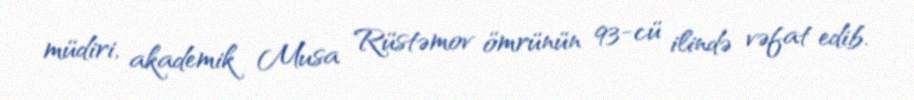
müdiri, akademik Musa Rüstəmov ömrünün 93-cü ilində vəfat edib.